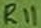
Text: R11